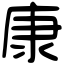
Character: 康